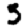
Digit: 5